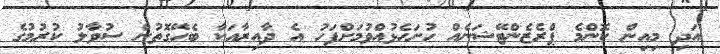
އަދި މިއިން ކޮންމެ ޕްރެޒެންޓޭޝަނެއް ހުށަހެޅުއްވުމަށްފަހު އެ ދާއިރާއަކާ ބެހޭގޮތުން ސުވާލު ކުރުމުގެ